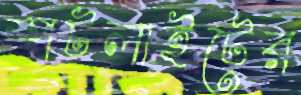
স্পটলাইটের